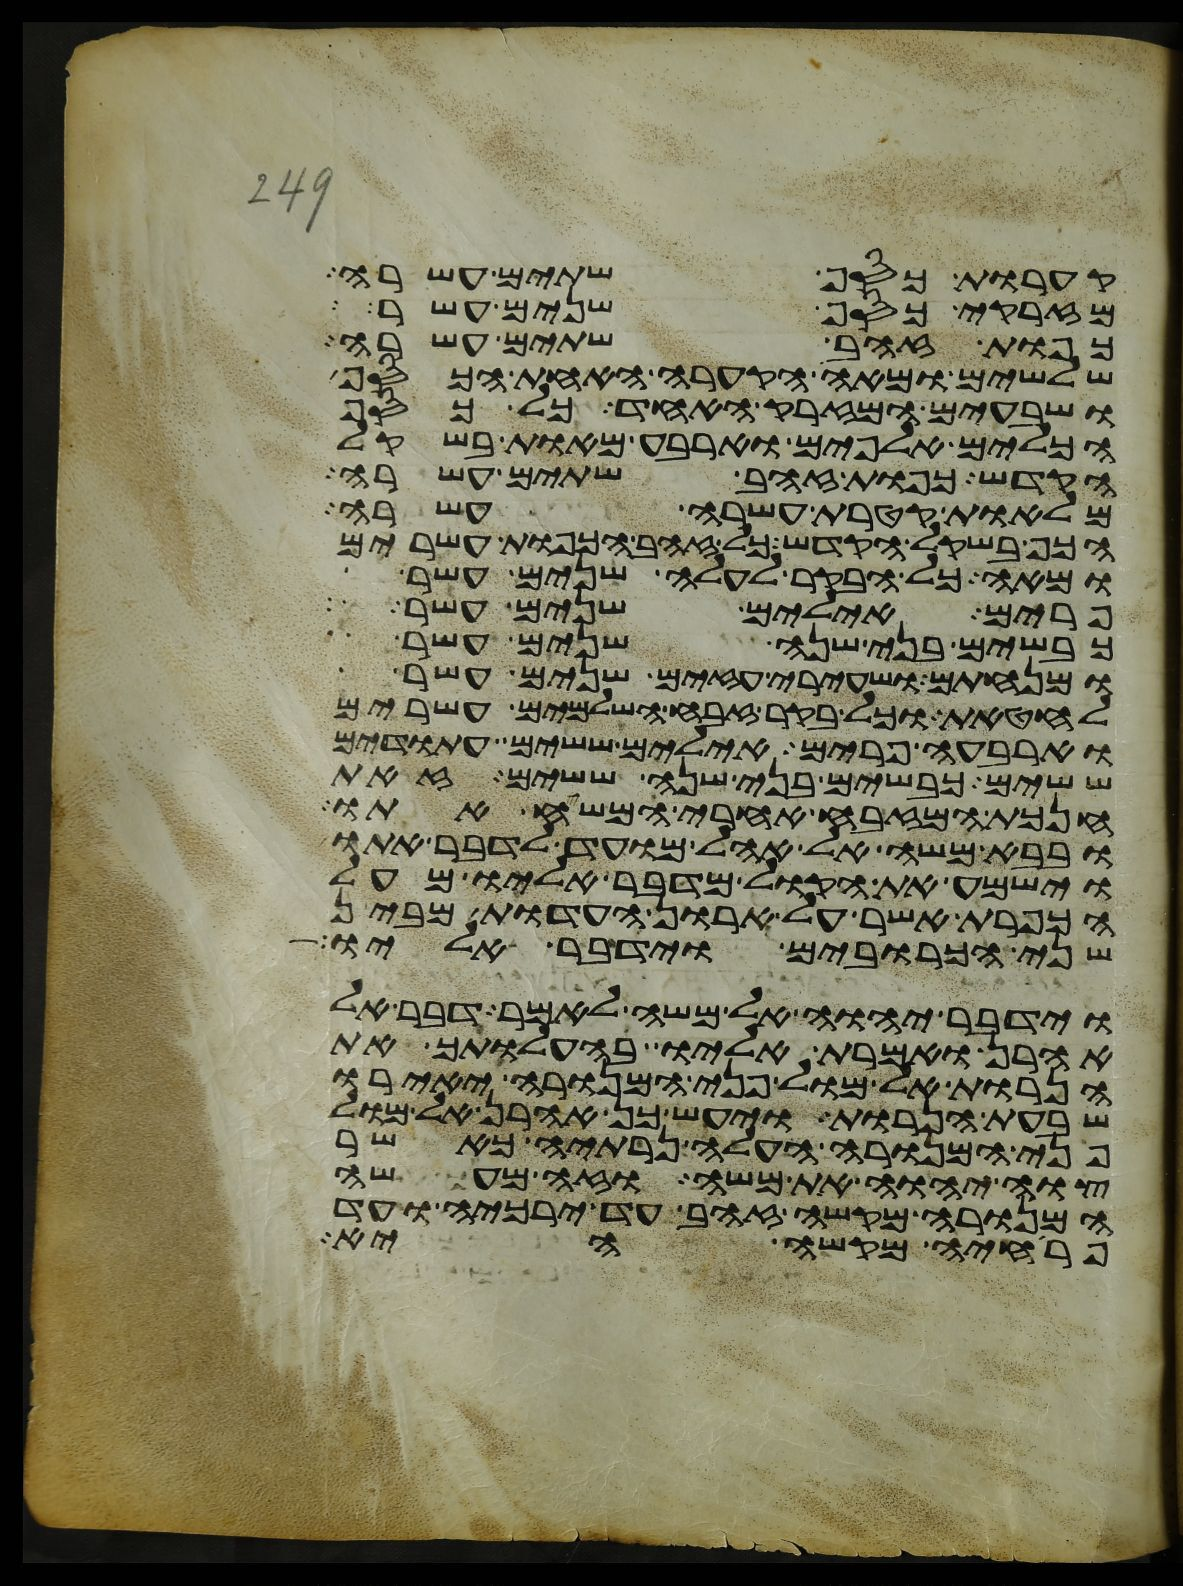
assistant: קערות כסף שתים עשרה
מזרקי כסף שנים עשר
כפות זהב שתים עשרה
שלשים ומאה הקערה האחת הכסף
ושבעים המזרק האחד כל כסף
הכלים אלפים וארבע מאות בשקל
הקדש כפות זהב שתים עשרה
מלאות קטרת עשרה עשרה
הכף בשקל הקדש כל זהב הכפות עשרים
ומאה כל הבקר לעלה שנים עשר
פרים אילים שנים עשר
כבשים בני שנה שנים עשר
ומנחתם ושעירי עזים שנים עשר
לחטאת וכל בקר זבח השלמים עשרים
וארבעה פרים אילים ששים עתודים
ששים כבשים בני שנה ששים זאת
חנכת המזבח אחרי המשח אתו
ובבא משה אל אהל מועד לדבר אתו
וישמע את הקול מדבר אליו מעל
הכפרת אשר על ארון העדות מבין
שני הכרובים וידבר אליו
וידבר יהוה אל משה לאמר דבר אל
אהרן ואמרת אליו בהעלותך את
הנרות אל מול פני המנורה יאירו
שבעת הנרות ויעש כן אהרן אל מול
פני המנורה העלה נרתיה כאשר
צוה יהוה את משה וזה מעשה
המנורה מקשה זהב עד ירכיה ועד
פרחיה מקשה היא